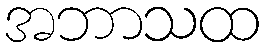
အဘာသထ